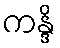
ကန္ဒိ